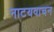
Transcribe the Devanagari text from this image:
नाटयवाचन